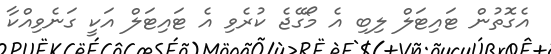
އެގޮތުން ޓައިޓަލް ލިބި އެ މޯގޭޖެ ކުރެވި އެ ޓައިޓަލް އަކީ ގަނެވިއްކާ